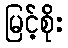
မြင့်စိုး